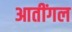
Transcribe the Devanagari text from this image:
आतींगल